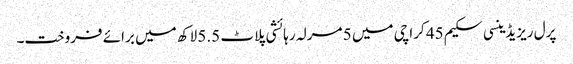
پرل ریزیڈینسی سکیم 45 کراچی میں 5 مرلہ رہائشی پلاٹ 5.5 لاکھ میں برائے فروخت۔